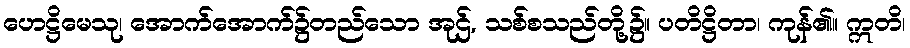
ဟေဋ္ဌိမေသု၊ အောက်အောက်၌တည်သော အုဌ်, သစ်စသည်တို့၌။ ပတိဋ္ဌိတာ၊ ကုန်၏။ ဣတိ၊